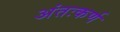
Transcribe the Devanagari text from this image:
अंतःकर्ण